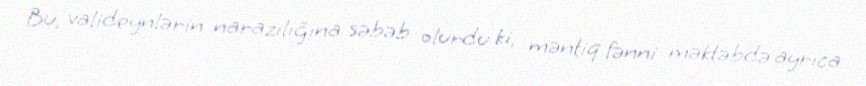
Bu, valideynlərin narazılığına səbəb olurdu ki, məntiq fənni məktəbdə ayrıca